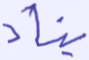
يناد